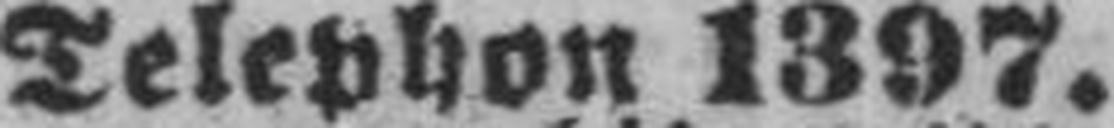
Telephon 1307.